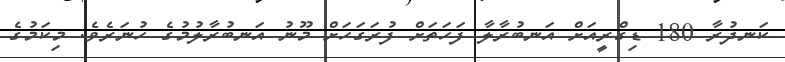
ކަނދުރާ 180 ޑިގްރީއަށް އަނބުރާލާ ފަހަތަށް ފުރަގަހަށް މޫނު އަނބުރާލުމުގެ ހުނަރެވެ. މިކަމުގެ